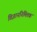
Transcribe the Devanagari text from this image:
विज्ञाननिमित्तक